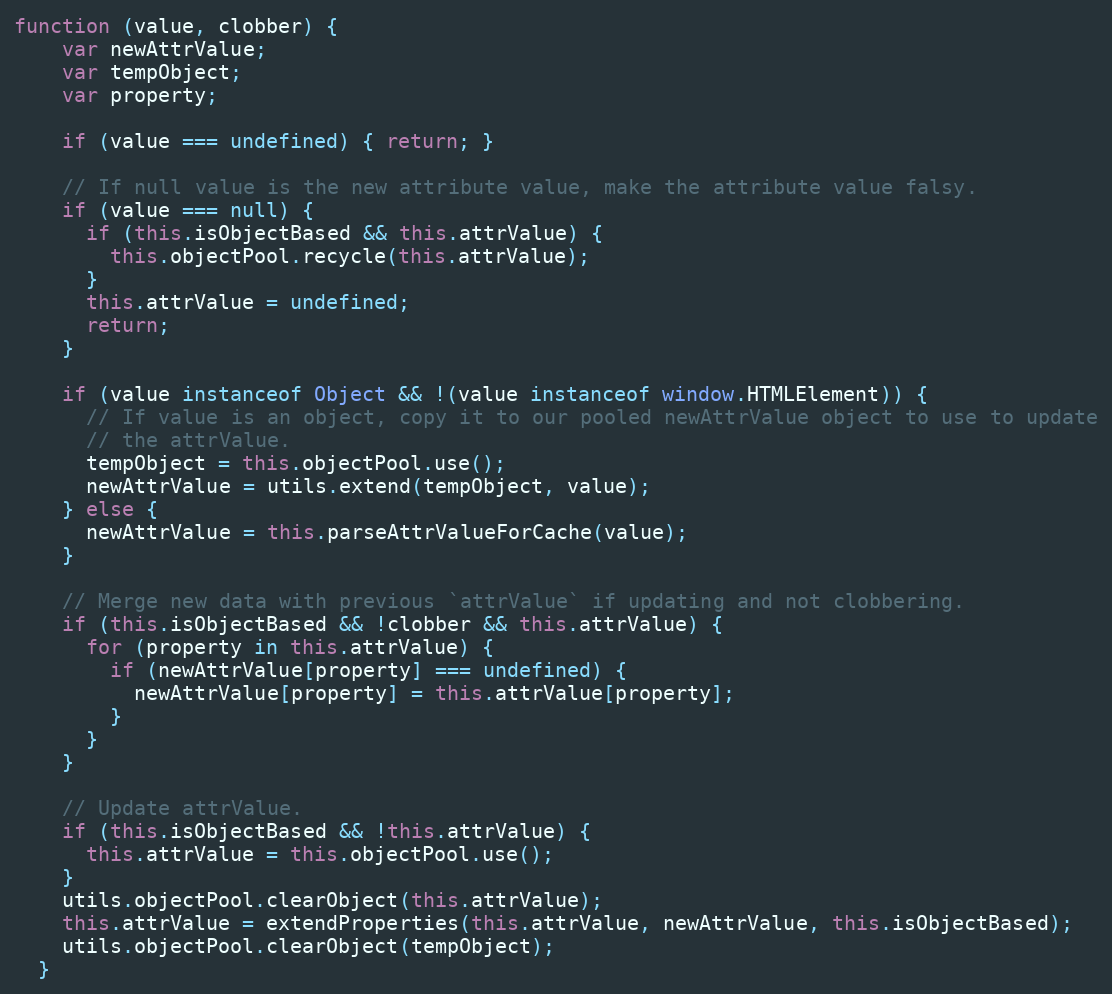
Language: JavaScript
function (value, clobber) {
    var newAttrValue;
    var tempObject;
    var property;

    if (value === undefined) { return; }

    // If null value is the new attribute value, make the attribute value falsy.
    if (value === null) {
      if (this.isObjectBased && this.attrValue) {
        this.objectPool.recycle(this.attrValue);
      }
      this.attrValue = undefined;
      return;
    }

    if (value instanceof Object && !(value instanceof window.HTMLElement)) {
      // If value is an object, copy it to our pooled newAttrValue object to use to update
      // the attrValue.
      tempObject = this.objectPool.use();
      newAttrValue = utils.extend(tempObject, value);
    } else {
      newAttrValue = this.parseAttrValueForCache(value);
    }

    // Merge new data with previous `attrValue` if updating and not clobbering.
    if (this.isObjectBased && !clobber && this.attrValue) {
      for (property in this.attrValue) {
        if (newAttrValue[property] === undefined) {
          newAttrValue[property] = this.attrValue[property];
        }
      }
    }

    // Update attrValue.
    if (this.isObjectBased && !this.attrValue) {
      this.attrValue = this.objectPool.use();
    }
    utils.objectPool.clearObject(this.attrValue);
    this.attrValue = extendProperties(this.attrValue, newAttrValue, this.isObjectBased);
    utils.objectPool.clearObject(tempObject);
  }